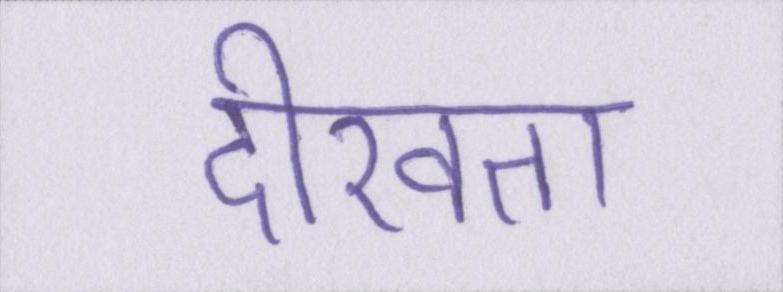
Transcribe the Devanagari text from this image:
दीखता